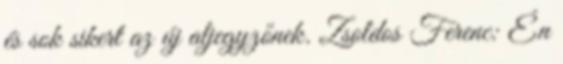
és sok sikert az új aljegyzőnek. Zsoldos Ferenc: Én